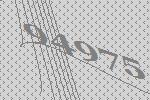
94975